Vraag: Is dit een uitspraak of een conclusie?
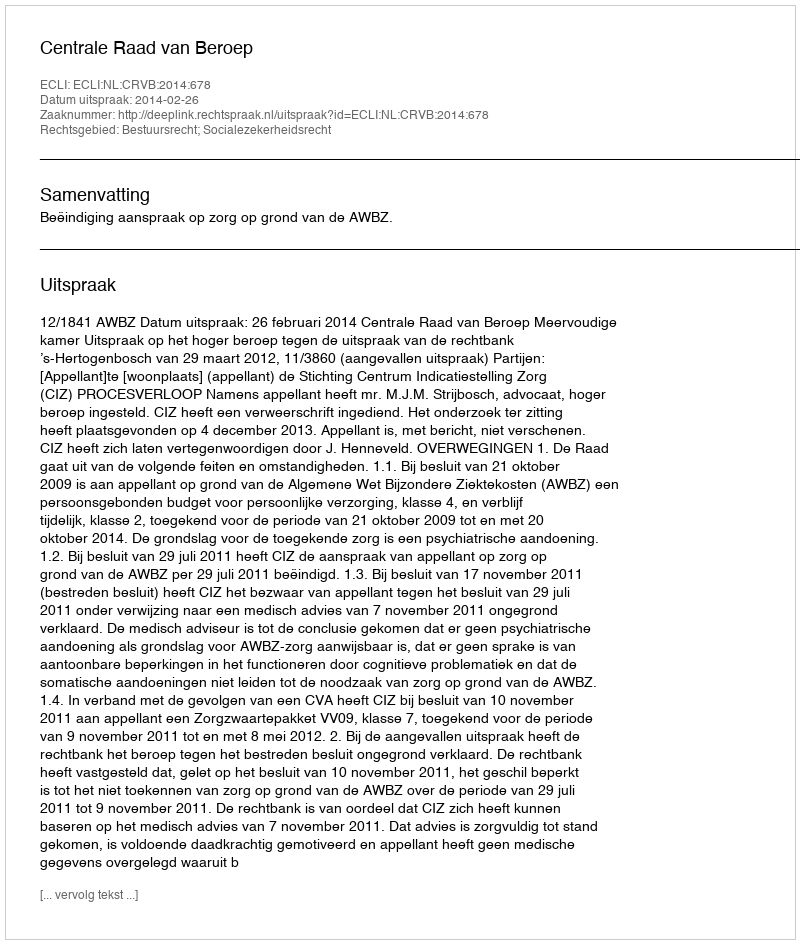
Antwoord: Uitspraak